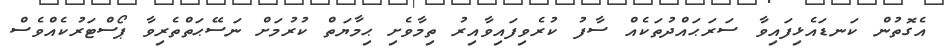
އެގޮތުން ކަނޑައެޅިފައިވާ ސަރަޙައްދުތަކެއް ސާފު ކުރެވިފައިވާއިރު ތިމާވެށި ޙިމާޔަތް ކުރުމަށް ނަސޭޙަތްތެރިވާ ޕޯސްޓަރުކެއްވެސް